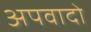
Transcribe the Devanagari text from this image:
अपवादो